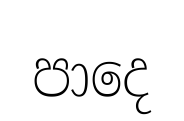
පාදෙ